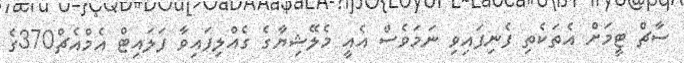
ސާޗް ޓީމަށް އެތަކެތި ފެނިފައިވި ނަމަވެސް އެއީ މެލޭޝިޔާގެ ގެއްލިފައިވާ ފަލައިޓް އެމްއެޗް370ގެ